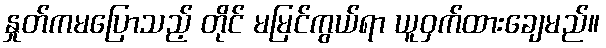
နှုတ်ကမပြောသည့် တိုင် မမြင်ကွယ်ရာ ယူဝှက်ထားချေမည်။